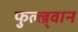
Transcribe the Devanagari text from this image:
फुल्ल्र्वान